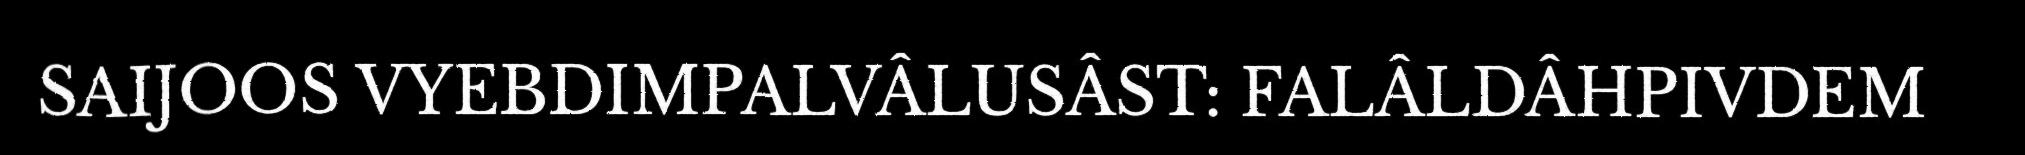
SAIJOOS VYEBDIMPALVÂLUSÂST: FALÂLDÂHPIVDEM